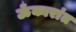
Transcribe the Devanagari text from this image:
ऊँकारांत